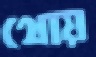
থোয়